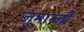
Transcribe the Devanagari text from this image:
जुमान्जी